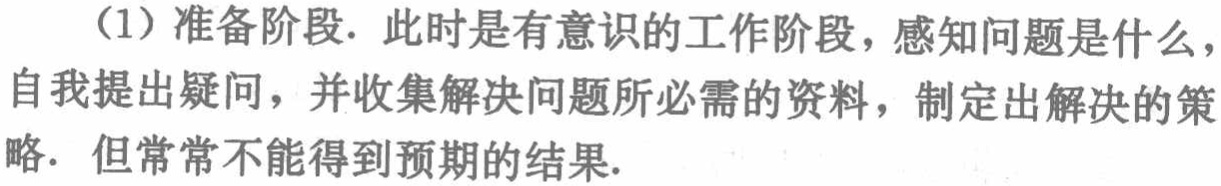
（1）准备阶段. 此时是有意识的工作阶段，感知问题是什么，自我提出疑问，并收集解决问题所必需的资料，制定出解决的策略. 但常常不能得到预期的结果.